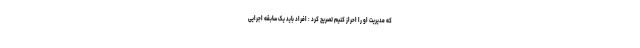
که مدیریت او را احراز کنیم تصریح کرد : افراد باید یک سابقه اجرایی